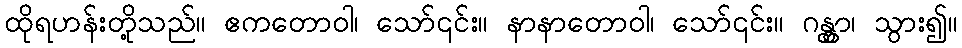
ထိုရဟန်းတို့သည်။ ဧကတောဝါ၊ သော်၎င်း။ နာနာတောဝါ၊ သော်၎င်း။ ဂန္တွာ၊ သွား၍။